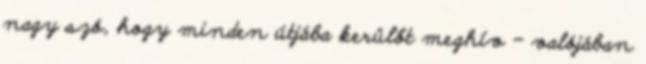
nagy szó, hogy minden útjába kerülőt meghív – valójában